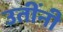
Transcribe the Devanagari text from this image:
उतींनी